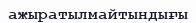
ажыратылмайтындығы